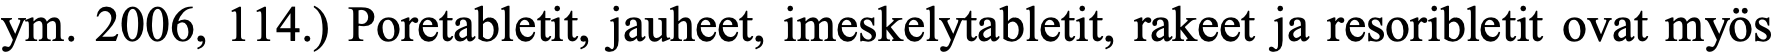
ym. 2006, 114.) Poretabletit, jauheet, imeskelytabletit, rakeet ja resoribletit ovat myös